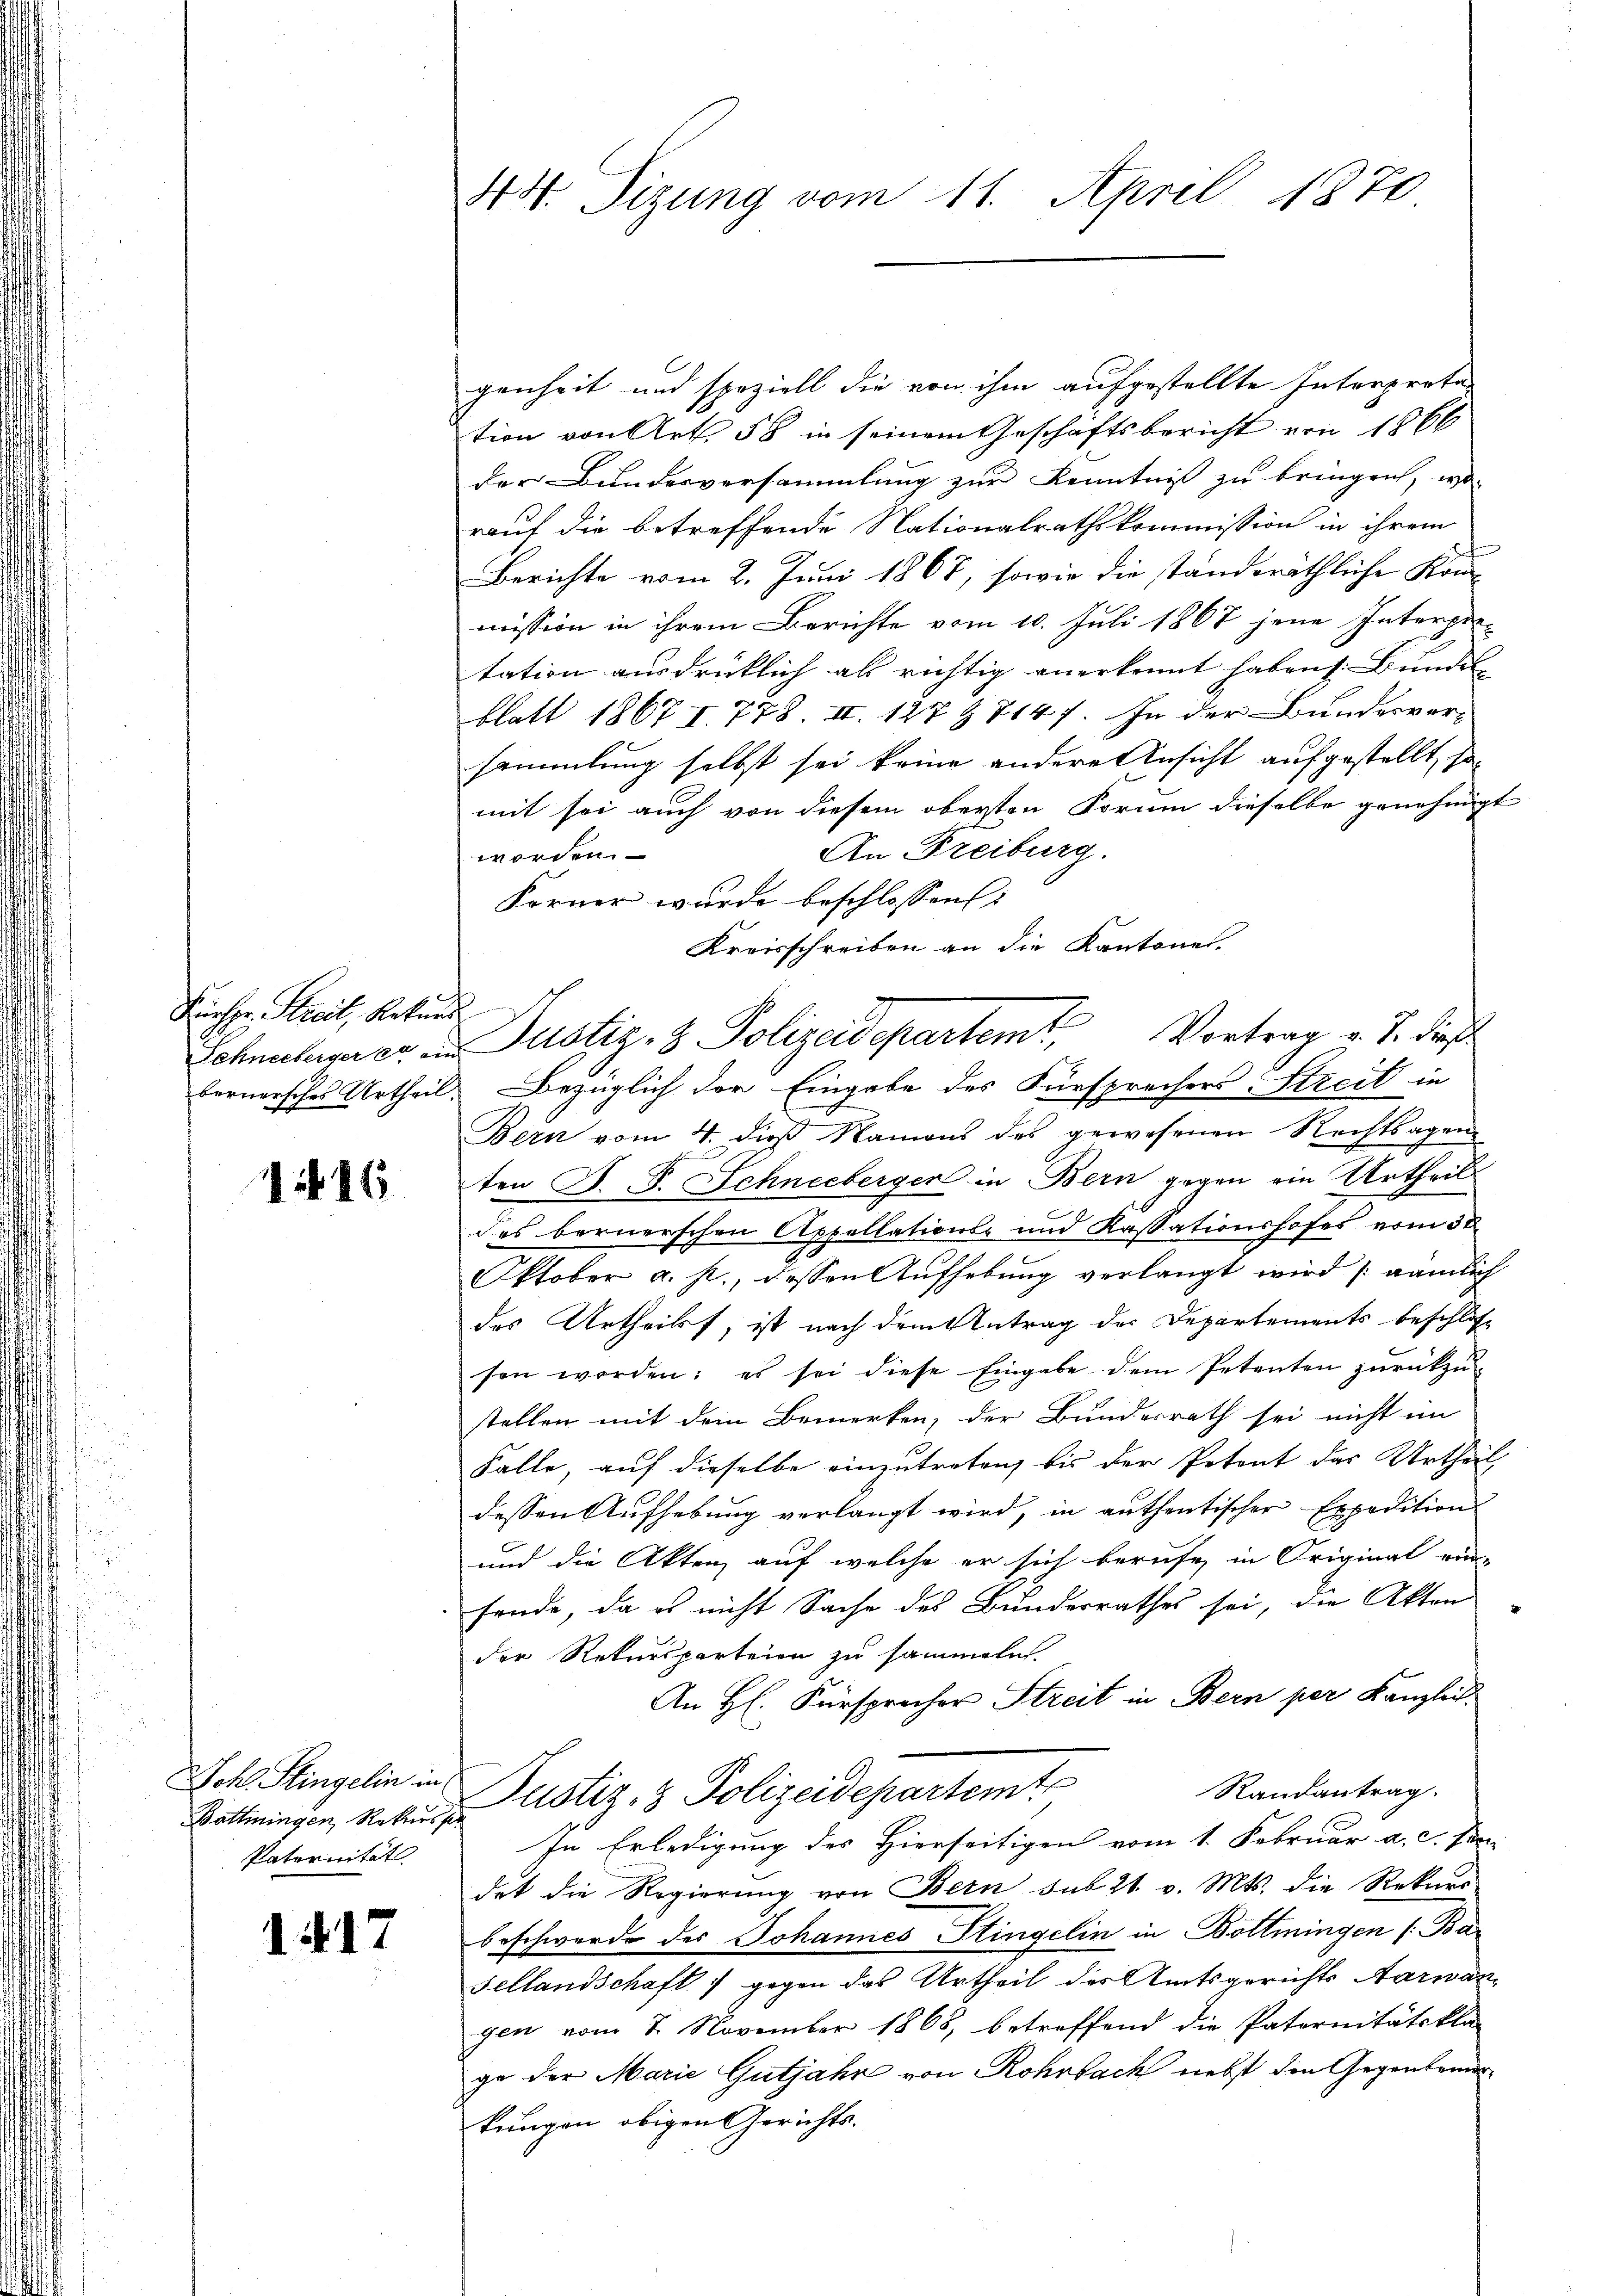
Kurser Streit, Rekurs

1416

Böttingen, Rekurs sie
Paternität

1417

genheit und speziell die von ihm aufgestellte Interpreta-
tion von Art. 58 in seinem Geschäftsbericht von 1866
der Bundesversammlung zur Kenntniß zu bringen, wo
rauf die betreffende Nationalrathskommission in ihrem
Berichte vom 2. Juni 1867, sowie die ständeräthliche Konmission in ihrem Berichte vom 10. Juli 1867 jene Interpre-
tation ausdrücklich als richtig anerkennt habens. Bundes |
blatt 1867 I. 778. II. 127 & 714 f. In der Bundesver-
sammlung selbst sei keine andere Ansicht aufgestellt, so
mit sei auch von diesem obersten Form dieselbe genehmigt
An Freiburg.
worden.
Forner wurde beschlossen:
Kreisschreiben an die Kantones.
Bern vom 4. dieß Namens des gewesenen Rechtsagen
ten J. F. Schneeberger in Bern gegen ein Urtheils
des bernerschen Appellations- und Kassationshofes vom 30
Oktober a. p., dessen Aŭfhebŭng verlangt wird (nämlich
des Urtheilt, ist nach dem Antrag des Departements beschloss
sen worden: es sei diese Eingabe dem Petenten zŭrückzŭ-
stellen mit dem Bemerken, der Bundesrath sei nicht im
Falle, auf dieselbe einzutreten, bis der Petent das Urtheil
dessen Aufhebung verlangt wird, in authentischer Expedition
und die Akten, auf welche er sich berufe in Original ein-
fende, da es nicht Sache des Bunderrathes sei, die Akten
der Rekursparteien zu sammeln.
An H. Fürsprecher Streit in Bern per Kanzlich.
Sch. Stingelin in Pustiz- & Polizeidepartemt
Randantrag.
In Erledigung des Hierseitigen vom 1. Februar a. c. Pani
det die Regierŭng von Bern sub 21. v. Mts. die Rekurs-
beschwerde des Johannes Stingelin in Böttingen (: Ba¬
Sellandschaft gegen das Urtheil des Amtsgerichts Aarwan
gen vom 7. November 1868, betreffend die Paternitätskla-
ge der Marie Gutjahr von Rohrbach nebst die Gegentraukungen obigen Gerichts.

44. Sizung vom 11. April 1870

Schneeberger er im Justiz- & Polizeidepartem Vortrag v. J. dieß
Fornersches Urtheil. Bezüglich der Eingabe des Fürsprechers Streit in